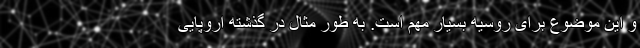
و این موضوع برای روسیه بسیار مهم است. به طور مثال در گذشته اروپایی